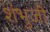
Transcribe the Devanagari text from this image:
शंभुजी